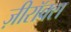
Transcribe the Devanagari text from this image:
ज़ीरॉक्स